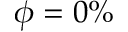
\phi = 0 \%